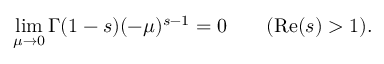
\operatorname* { l i m } _ { \mu \to 0 } \Gamma ( 1 - s ) ( - \mu ) ^ { s - 1 } = 0 \qquad ( \operatorname { R e } ( s ) > 1 ) .